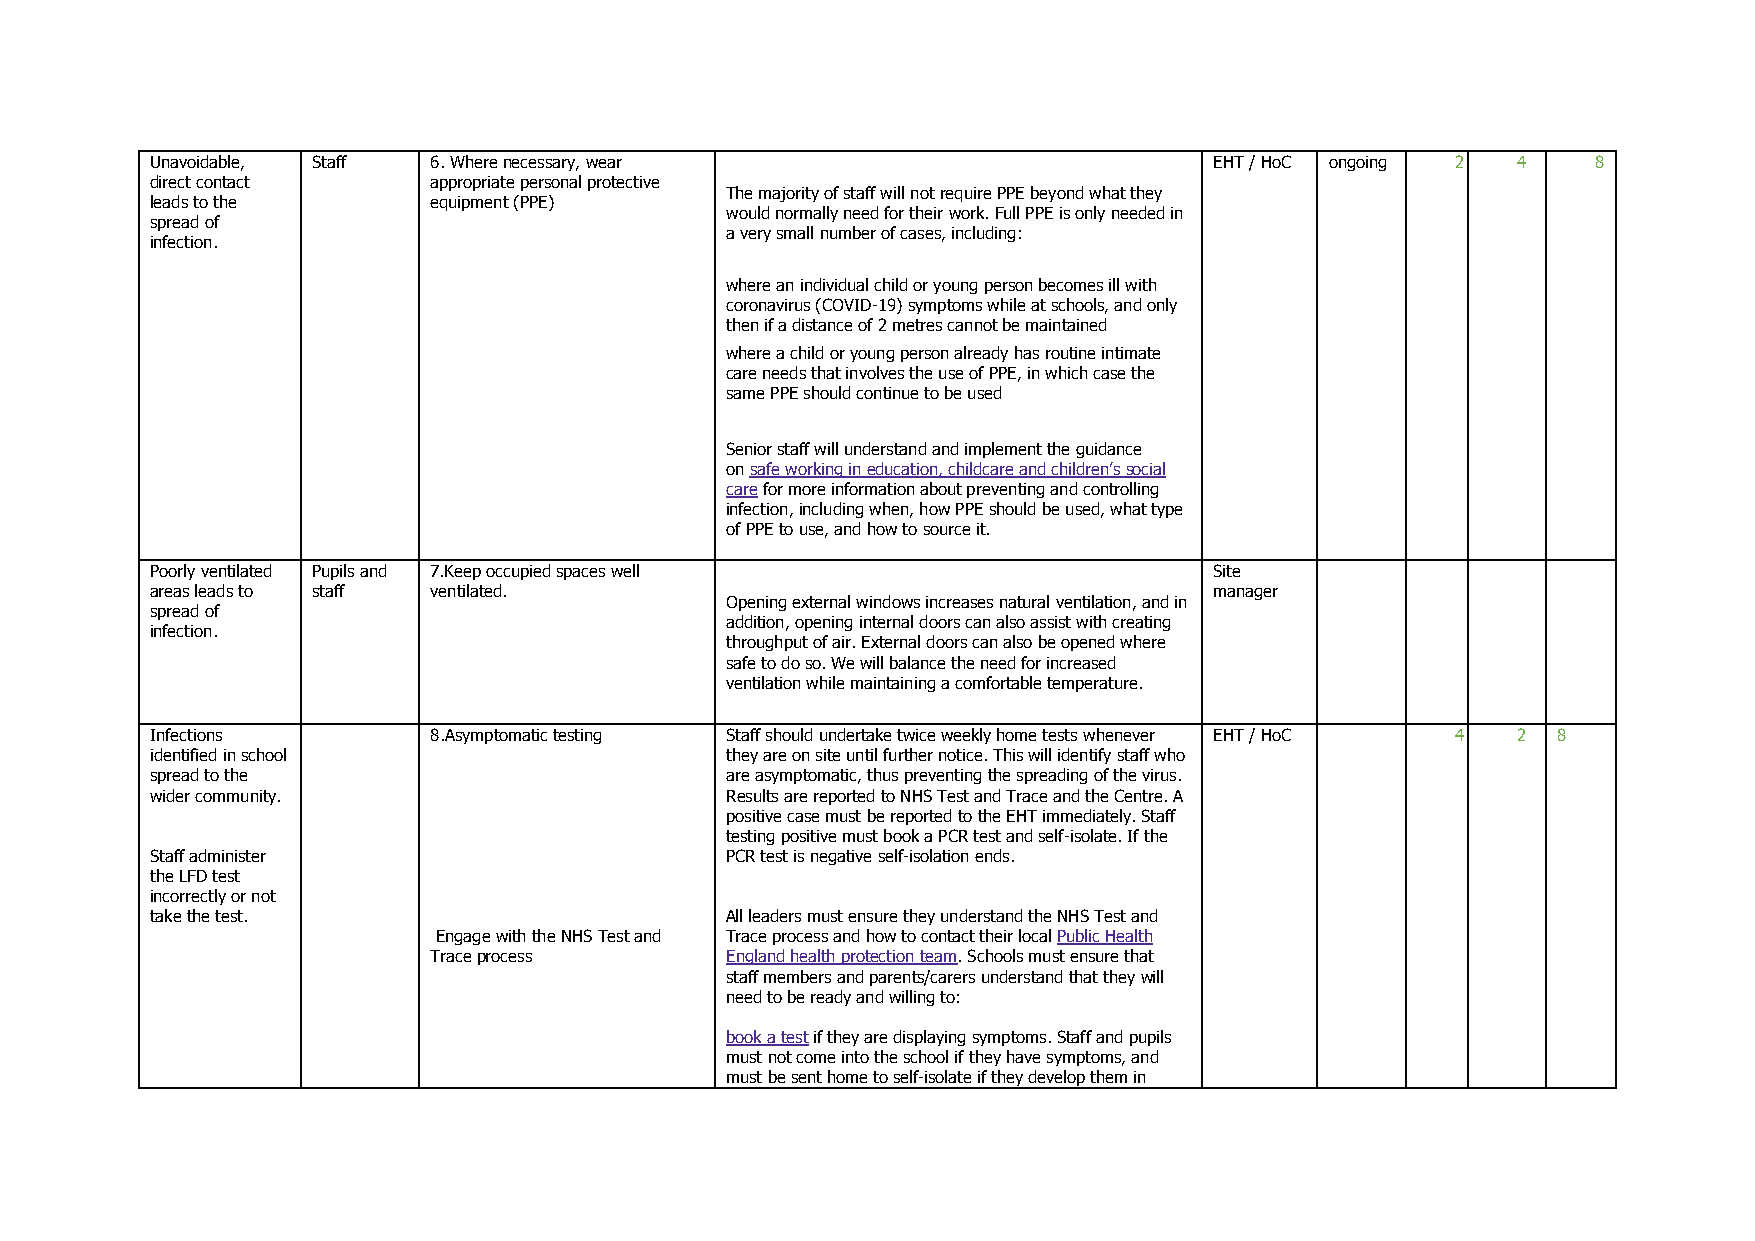
Unavoidable, Staff 6. Where necessary, wear                           EHT / HoC ongoing 2 4     8
 direct contact    appropriate personal protective
 The majority of staff will not require PPE beyond what they
 leads to the      equipment (PPE)
 would normally need for their work. Full PPE is only needed in
 spread of
 a very small number of cases, including:
 infection.
 where an individual child or young person becomes ill with
 coronavirus (COVID-19) symptoms while at schools, and only
 then if a distance of 2 metres cannot be maintained
 where a child or young person already has routine intimate
 care needs that involves the use of PPE, in which case the
 same PPE should continue to be used
 Senior staff will understand and implement the guidance
 on safe working in education, childcare and children’s social
 care for more information about preventing and controlling
 infection, including when, how PPE should be used, what type
 of PPE to use, and how to source it.
 Poorly ventilated Pupils and 7.Keep occupied spaces well              Site
 areas leads to staff ventilated.                                      manager
 Opening external windows increases natural ventilation, and in
 spread of
 addition, opening internal doors can also assist with creating
 infection.
 throughput of air. External doors can also be opened where
 safe to do so. We will balance the need for increased
 ventilation while maintaining a comfortable temperature.
 Infections        8.Asymptomatic testing Staff should undertake twice weekly home tests whenever EHT / HoC 4 2 8
 identified in school                  they are on site until further notice. This will identify staff who
 spread to the                         are asymptomatic, thus preventing the spreading of the virus.
 wider community.                      Results are reported to NHS Test and Trace and the Centre. A
 positive case must be reported to the EHT immediately. Staff
 testing positive must book a PCR test and self-isolate. If the
 Staff administer                      PCR test is negative self-isolation ends.
 the LFD test
 incorrectly or not
 take the test.                        All leaders must ensure they understand the NHS Test and
 Engage with the NHS Test and Trace process and how to contact their local Public Health
 Trace process       England health protection team. Schools must ensure that
 staff members and parents/carers understand that they will
 need to be ready and willing to:
 book a test if they are displaying symptoms. Staff and pupils
 must not come into the school if they have symptoms, and
 must be sent home to self-isolate if they develop them in